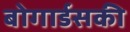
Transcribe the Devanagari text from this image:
बोगार्डसकी